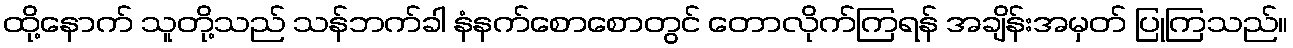
ထို့နောက် သူတို့သည် သန်ဘက်ခါ နံနက်စောစောတွင် တောလိုက်ကြရန် အချိန်းအမှတ် ပြုကြသည်။